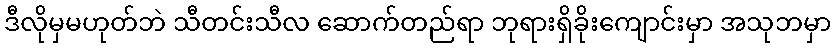
ဒီလိုမှမဟုတ်ဘဲ သီတင်းသီလ ဆောက်တည်ရာ ဘုရားရှိခိုးကျောင်းမှာ အသုဘမှာ